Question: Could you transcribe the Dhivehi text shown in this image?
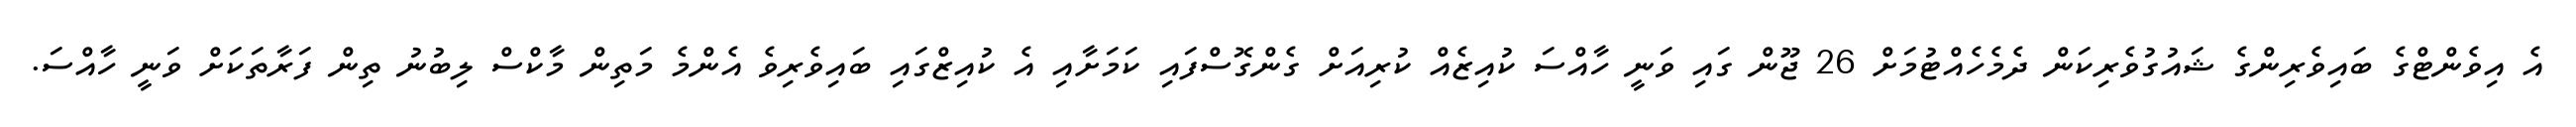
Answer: އެ އިވެންޓްގެ ބައިވެރިންގެ ޝައުގުވެރިކަން ދެމެހެއްޓުމަށް 26 ޖޫން ގައި ވަނީ ހާއްސަ ކުއިޒެއް ކުރިއަށް ގެންގޮސްފައި ކަމަށާއި އެ ކުއިޒްގައި ބައިވެރިވެ އެންމެ މަތިން މާކްސް ލިބުނު ތިން ފަރާތަކަށް ވަނީ ހާއްސަ.